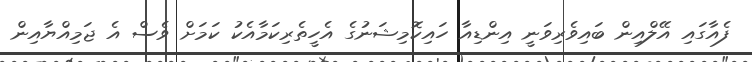
ފެއާގައި އޭލްއިން ބައިވެރިވަނީ އިންޑިއާ ހައިކޮމިޝަނުގެ އެހީތެރިކަމާއެކު ކަމަށް ވެސް އެ ޖަމިއްޔާއިން